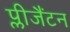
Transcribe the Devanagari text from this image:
प्लीजैंटन